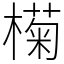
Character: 𣚭